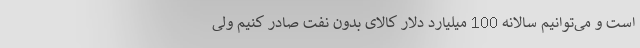
است و می‌توانیم سالانه 100 میلیارد دلار کالای بدون نفت صادر کنیم ولی